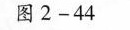
图2-44